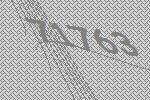
71763